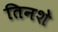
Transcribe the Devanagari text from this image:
तिनशे